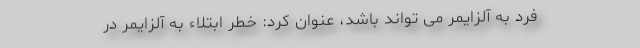
فرد به آلزایمر می تواند باشد، عنوان کرد: خطر ابتلاء به آلزایمر در